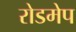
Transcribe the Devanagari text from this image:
रोडमेप